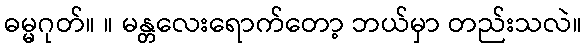
ဓမ္မဂုတ်။ ။ မန္တလေးရောက်တော့ ဘယ်မှာ တည်းသလဲ။